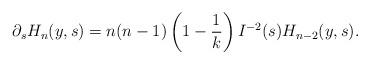
LaTeX: \begin{align*} \partial_s H_n (y,s) = n (n-1) \left(1 -\frac{1}{k} \right) I^{-2}(s) H_{n-2}(y,s).\end{align*}